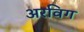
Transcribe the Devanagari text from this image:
अरविग